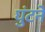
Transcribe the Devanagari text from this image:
घुंटने